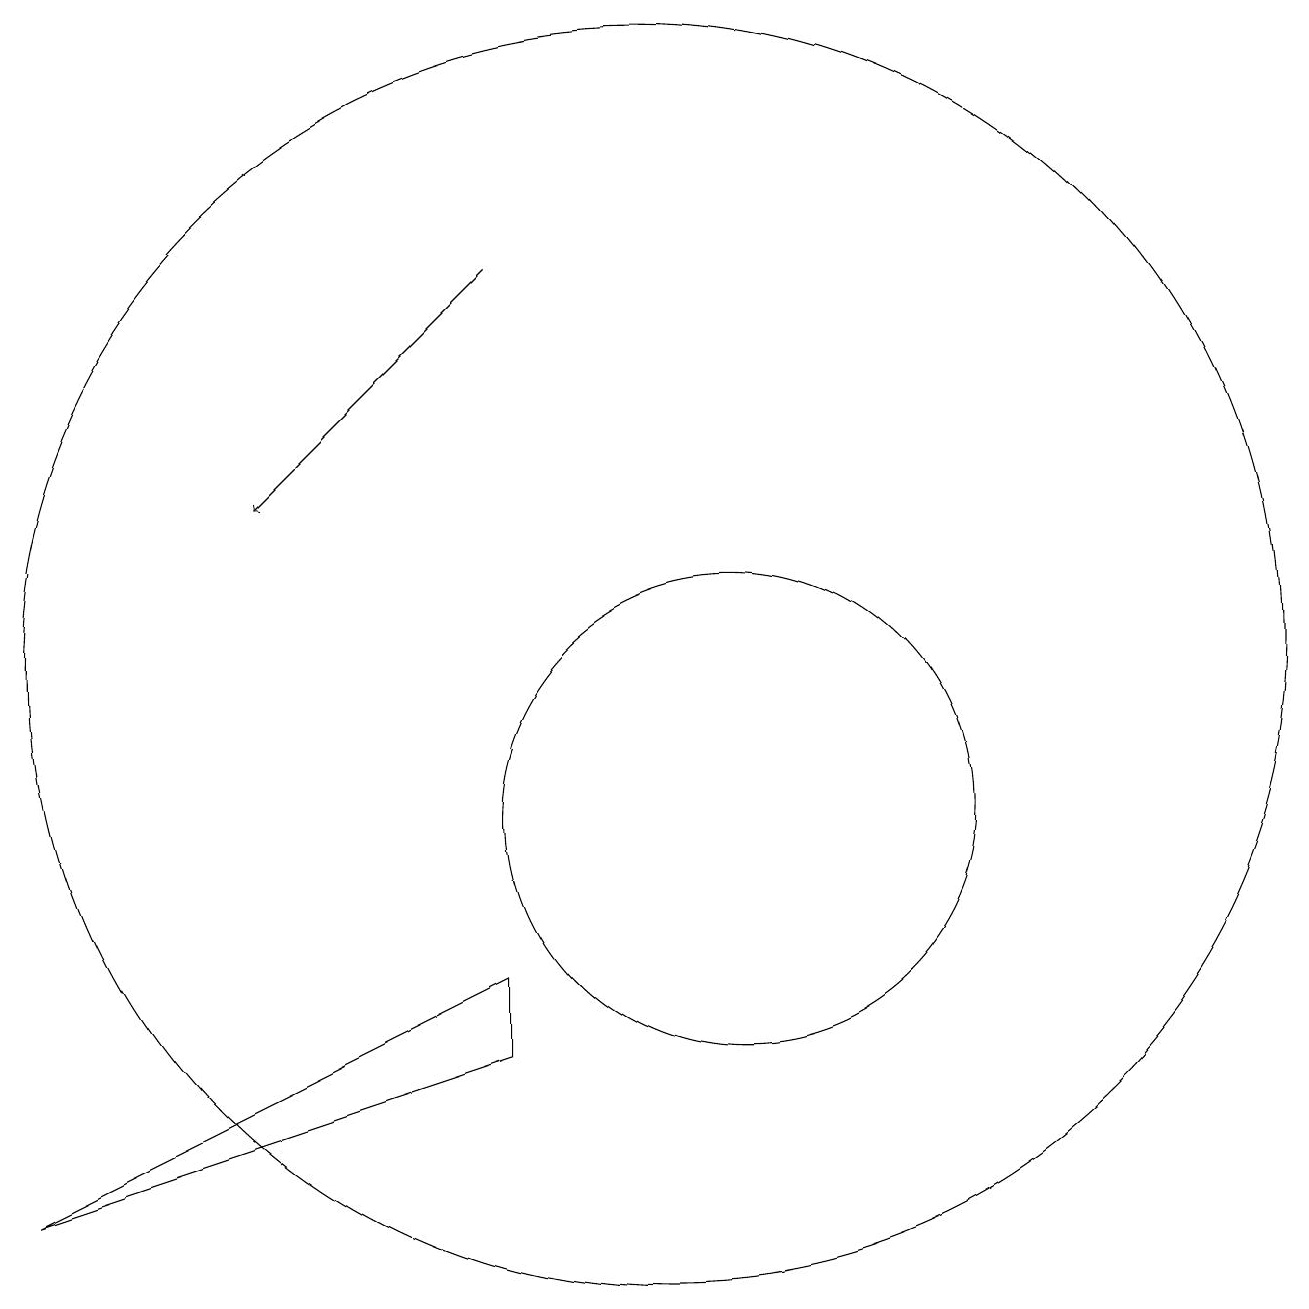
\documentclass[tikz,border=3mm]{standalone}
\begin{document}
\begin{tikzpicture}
\draw[->] (9,17) -- (6,14);
\draw (12,10) circle (3);
\draw (11,12) circle (8);
\draw (9,8) -- (3,5) -- (9,7) -- cycle;
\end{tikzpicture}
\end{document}